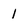
Character: 1